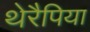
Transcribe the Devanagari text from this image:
थेरैपिया